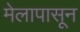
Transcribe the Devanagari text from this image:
मेलापासून